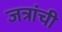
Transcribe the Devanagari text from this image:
जत्रांची